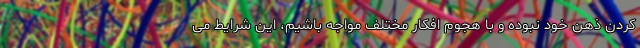
کردن ذهن خود نبوده و با هجوم افکار مختلف مواجه باشیم، این شرایط می